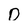
Character: 0